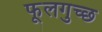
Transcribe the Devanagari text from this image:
फूलगुच्छ